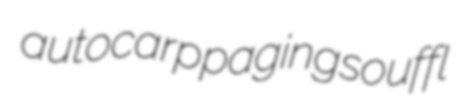
autocarp paging souffl